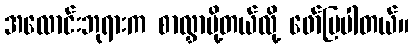
အလောင်းဘုရားက စာလွှာပို့တယ်လို့ ဖော်ပြပါတယ်။